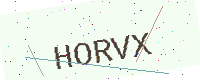
Text: HORVX